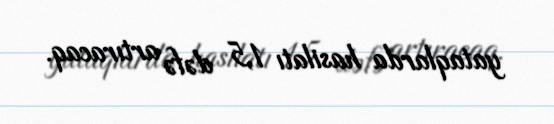
yataqlarda hasilatı 1,5 dəfə artıracaq.